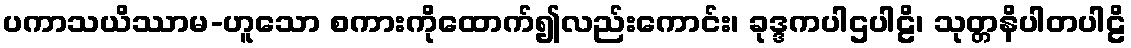
ပကာသယိဿာမ-ဟူသော စကားကိုထောက်၍လည်းကောင်း၊ ခုဒ္ဒကပါဌပါဠိ၊ သုတ္တနိပါတပါဠိ